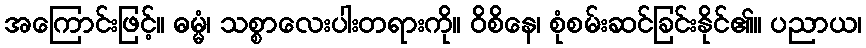
အကြောင်းဖြင့်။ ဓမ္မံ၊ သစ္စာလေးပါးတရားကို။ ဝိစိနေ၊ စုံစမ်းဆင်ခြင်းနိုင်၏။ ပညာယ၊